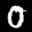
Label: 0